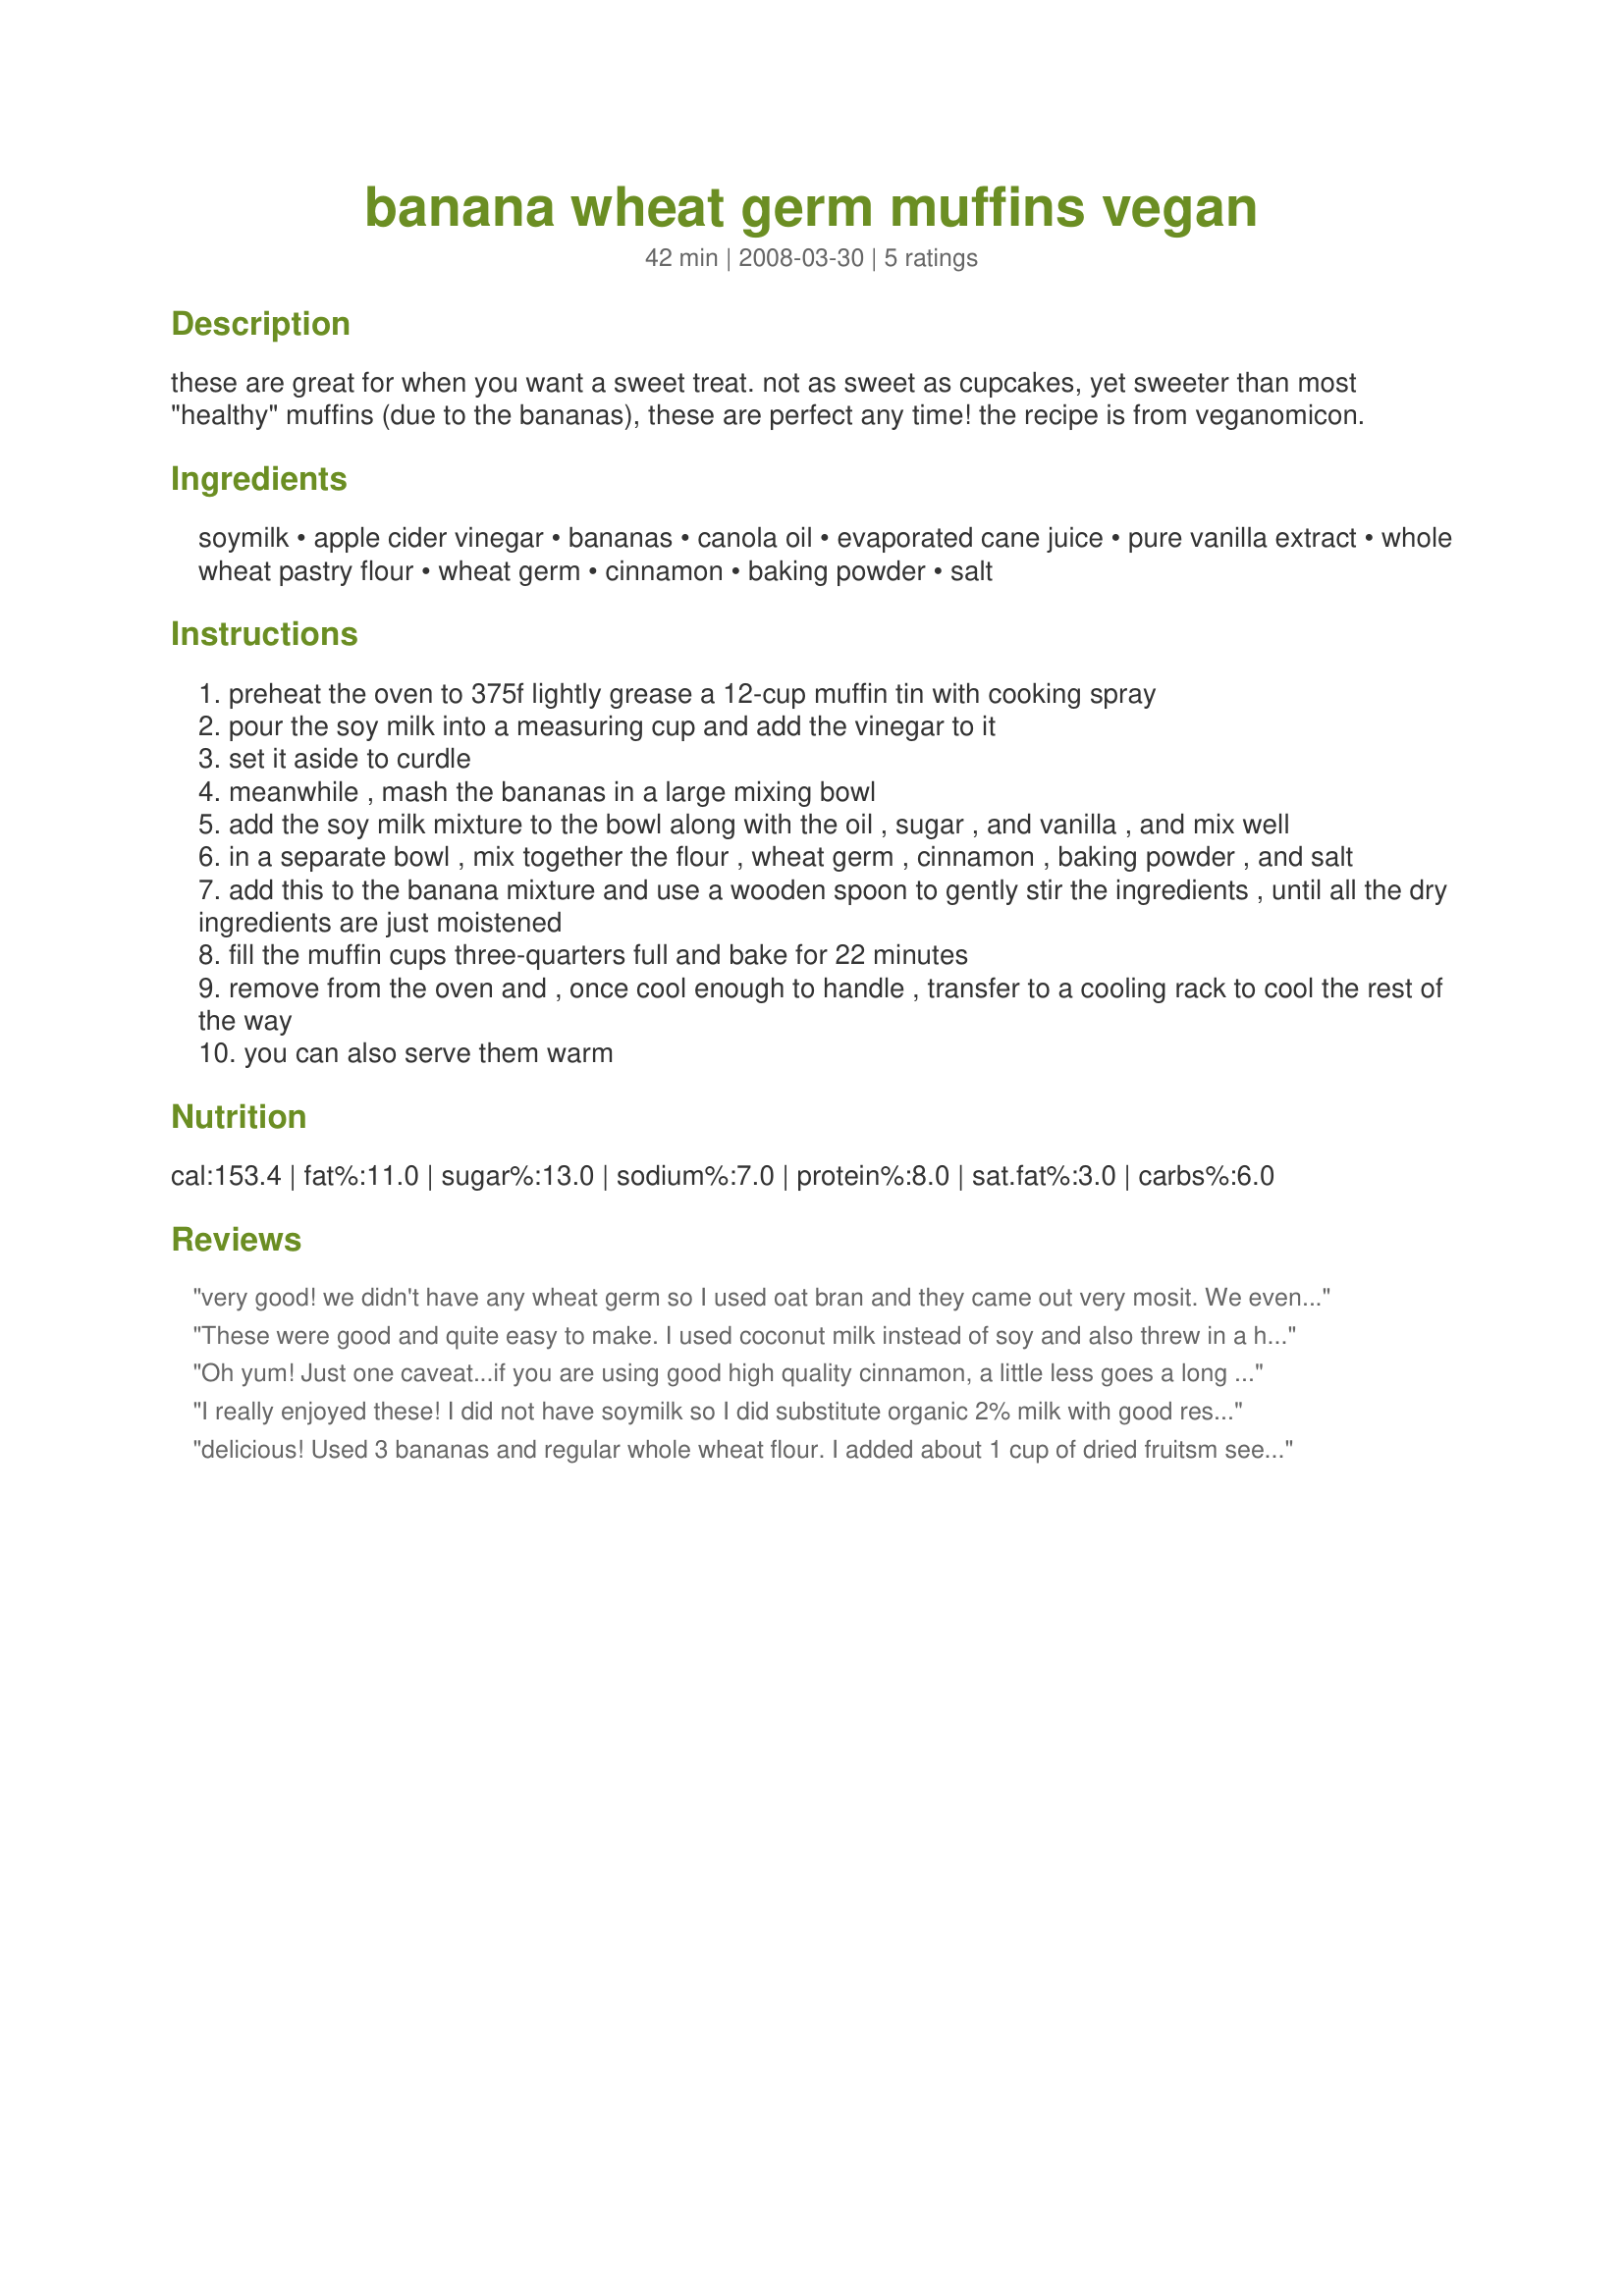
banana wheat germ muffins vegan
Preparation time: 42 minutes

these are great for when you want a sweet treat. not as sweet as cupcakes, yet sweeter than most "healthy" muffins (due to the bananas), these are perfect any time! the recipe is from veganomicon.

Ingredients:
soymilk, apple cider vinegar, bananas, canola oil, evaporated cane juice, pure vanilla extract, whole wheat pastry flour, wheat germ, cinnamon, baking powder, salt

Steps:
preheat the oven to 375f lightly grease a 12-cup muffin tin with cooking spray
pour the soy milk into a measuring cup and add the vinegar to it
set it aside to curdle
meanwhile , mash the bananas in a large mixing bowl
add the soy milk mixture to the bowl along with the oil , sugar , and vanilla , and mix well
in a separate bowl , mix together the flour , wheat germ , cinnamon , baking powder , and salt
add this to the banana mixture and use a wooden spoon to gently stir the ingredients , until all the dry ingredients are just moistened
fill the muffin cups three-quarters full and bake for 22 minutes
remove from the oven and , once cool enough to handle , transfer to a cooling rack to cool the rest of the way
you can also serve them warm

Reviews:
very good! we didn't have any wheat germ so I used oat bran and they came out very mosit. We even added vegan chocolate chips to half of the batch. We choose to make mini bite size muffins and it made about 30. Thanks for posting.
These were good and quite easy to make. I used coconut milk instead of soy and also threw in a handful of fresh blueberries. I might add some walnuts next time around.
Oh yum! Just one caveat...if you are using good high quality cinnamon, a little less goes a long way. However, the guys who inhaled them (included a banana hater, sheesh, men) weren't phased by the excess cinnamon one bit. The wheat germ was nice too. These are definitely a daily muffin I can make a lot.
I really enjoyed these! I did not have soymilk so I did substitute organic 2% milk with good results. (I am not vegan but was looking for something healthy and using wheat germ). Passed the real taste test around here- my husband and 2 kids both liked them too! Oh yes- I added 1/2 cup of raisins just to give them a little something extra.
delicious! Used 3 bananas and regular whole wheat flour. I added about 1 cup of dried fruitsm seeds and nuts.
